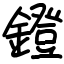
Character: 鐙